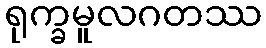
ရုက္ခမူလဂတဿ